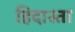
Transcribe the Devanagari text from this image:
हिदास्ता